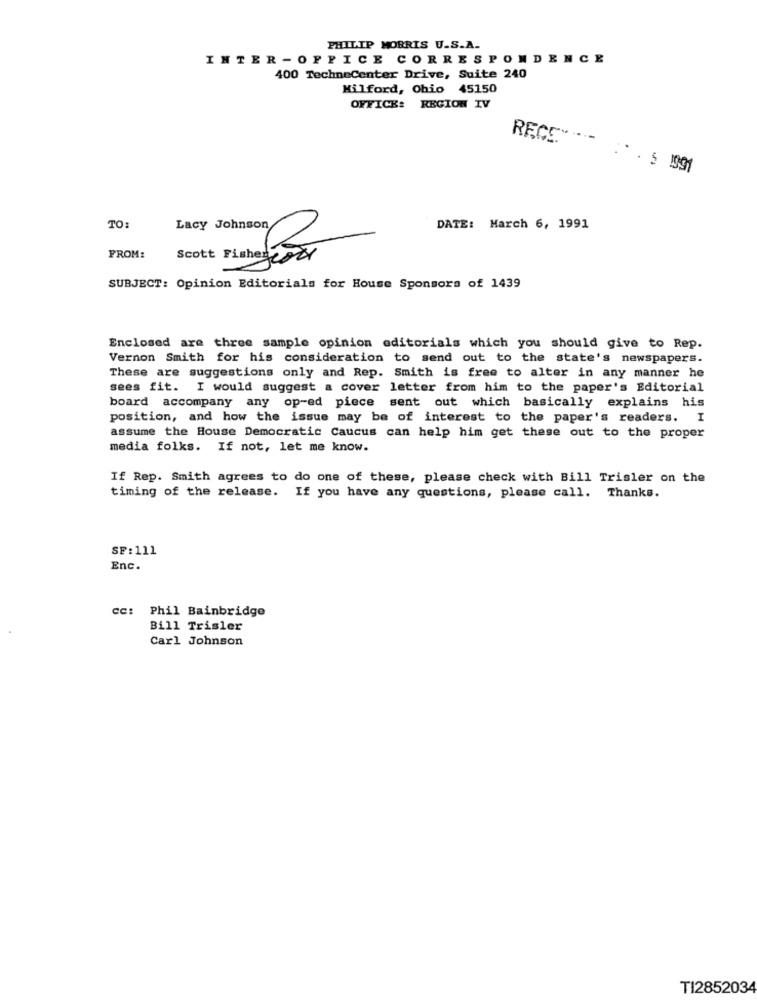
PHILIP MORRIS U.S.A.
INTER -OFFICE CORRESPONDENCE
400 TechneCenter Drive, Suite 240
Milford, Ohio 45150
OFFICK: REGION IV
RECS" ....
: * . 5 1997
TO:
Lacy Johnson
DATE: March 6, 1991
FROM:
Scott Fisher 200
SUBJECT: Opinion Editorials for House Sponsors of 1439
Enclosed are three sample opinion editorials which you should give to Rep.
Vernon Smith for his consideration to send out to the state's newspapers.
These are suggestions only and Rep. Smith is free to alter in any manner he
sees fit. I would suggest a cover letter from him to the paper's Editorial
board accompany any op-ed piece sent out which basically explains his
position, and how the issue may be of interest to the paper's readers. I
assume the House Democratic Caucus can help him get these out to the proper
media folks. If not, let me know.
If Rep. Smith agrees to do one of these, please check with Bill Trisler on the
timing of the release. If you have any questions, please call. Thanks.
SF:111
Enc.
cc: Phil Bainbridge
Bill Trisler
Carl Johnson
TI2852034